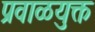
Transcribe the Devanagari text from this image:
प्रवाळयुक्त